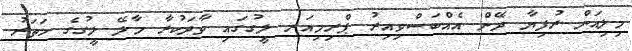
މިލިއަން ރުފިޔާ ދޭން އެއްބަސްވިއިރު ޕްރިމިއަރ ލީގުގައި ވާދަކުރާ މާލޭ ލީގުގެ ހަތަރު